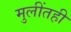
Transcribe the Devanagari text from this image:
मुलींतही